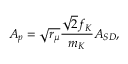
A _ { p } = \sqrt { r _ { \mu } } \frac { \sqrt { 2 } f _ { K } } { m _ { K } } A _ { S D } ,